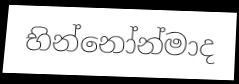
භින්නෝන්මාද